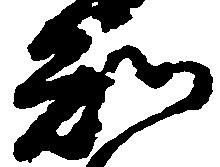
知